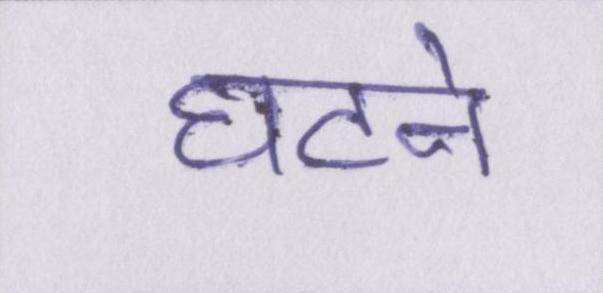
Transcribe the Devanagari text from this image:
घटने